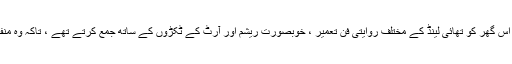
جِم تھامسن ایک مشہور امریکی تاجر تھے ، اس گھر کو تھائی لینڈ کے مختلف روایتی فن تعمیر ، خوبصورت ریشم اور آرٹ کے ٹکڑوں کے ساتھ جمع کرتے تھے ، تاکہ وہ منفرد مقام تخلیق کریں جو آپ آج جا سکتے ہیں۔